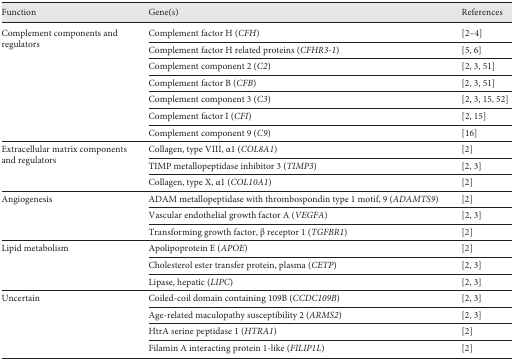
<table><thead><tr><td><b>Function</b></td><td><b>Gene(s)</b></td><td><b>References</b></td></tr></thead><tbody><tr><td>Complement components and regulators</td><td>Complement factor H (<i>CFH</i>)</td><td>[2, 3, 4]</td></tr><tr><td></td><td>Complement factor H related proteins (<i>CFHR3-1</i>)</td><td>[5, 6]</td></tr><tr><td></td><td>Complement component 2 (<i>C2</i>)</td><td>[2, 3, 51]</td></tr><tr><td></td><td>Complement factor B (<i>CFB</i>)</td><td>[2, 3, 51]</td></tr><tr><td></td><td>Complement component 3 (<i>C3</i>)</td><td>[2, 3, 15, 52]</td></tr><tr><td></td><td>Complement factor I (<i>CFI</i>)</td><td>[2, 15]</td></tr><tr><td></td><td>Complement component 9 (<i>C9</i>)</td><td>[16]</td></tr><tr><td>Extracellular matrix components and regulators</td><td>Collagen, type VIII, α1 (<i>COL8A1</i>)</td><td>[2]</td></tr><tr><td></td><td>TIMP metallopeptidase inhibitor 3 (<i>TIMP3</i>)</td><td>[2, 3]</td></tr><tr><td></td><td>Collagen, type X, α1 (<i>COL10A1</i>)</td><td>[2]</td></tr><tr><td>Angiogenesis</td><td>ADAM metallopeptidase with thrombospondin type 1 motif, 9 (<i>ADAMTS9</i>)</td><td>[2]</td></tr><tr><td></td><td>Vascular endothelial growth factor A (<i>VEGFA</i>)</td><td>[2, 3]</td></tr><tr><td></td><td>Transforming growth factor, β receptor 1 (<i>TGFBR1</i>)</td><td>[2]</td></tr><tr><td>Lipid metabolism</td><td>Apolipoprotein E (<i>APOE</i>)</td><td>[2]</td></tr><tr><td></td><td>Cholesterol ester transfer protein, plasma (<i>CETP</i>)</td><td>[2, 3]</td></tr><tr><td></td><td>Lipase, hepatic (<i>LIPC</i>)</td><td>[2, 3]</td></tr><tr><td>Uncertain</td><td>Coiled-coil domain containing 109B (<i>CCDC109B</i>)</td><td>[2, 3]</td></tr><tr><td></td><td>Age-related maculopathy susceptibility 2 (<i>ARMS2</i>)</td><td>[2, 3]</td></tr><tr><td></td><td>HtrA serine peptidase 1 (<i>HTRA1</i>)</td><td>[2]</td></tr><tr><td></td><td>Filamin A interacting protein 1-like (<i>FILIP1L</i>)</td><td>[2]</td></tr></tbody></table>